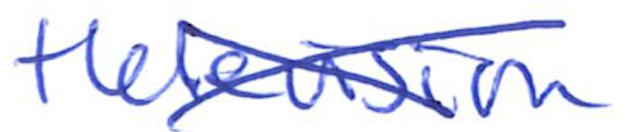
Text: television
Cross-out: cross
Writing tool: ballpoint